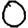
Digit: 0